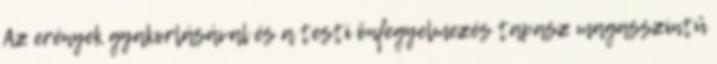
Az erények gyakorlásával és a testi önfegyelmezés tapasz magasszintű